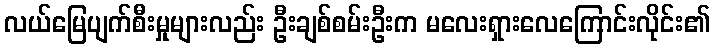
လယ်မြေပျက်စီးမှုများလည်း ဦးချစ်စမ်းဦးက မလေးရှားလေကြောင်းလိုင်း၏